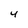
Character: 4